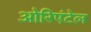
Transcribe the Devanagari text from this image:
ओरिएंटेल